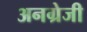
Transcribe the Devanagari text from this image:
अनग्रेजी